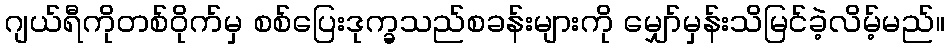
ဂျယ်ရီကိုတစ်ဝိုက်မှ စစ်ပြေးဒုက္ခသည်စခန်းများကို မျှော်မှန်းသိမြင်ခဲ့လိမ့်မည်။